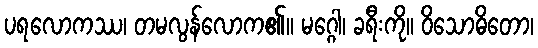
ပရလောကဿ၊ တမလွန်လောက၏။ မဂ္ဂေါ၊ ခရီးကို။ ဝိသောဓိတော၊